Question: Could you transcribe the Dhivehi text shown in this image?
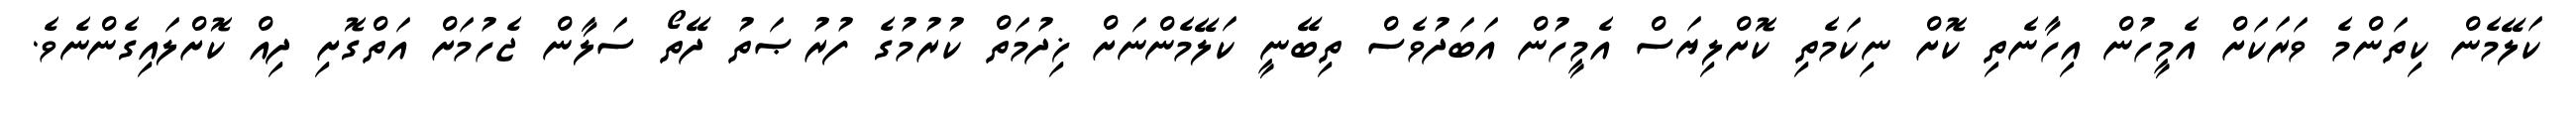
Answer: ކަލޭމެން ކިތަންމެ ވަރަކަށް އެމީހުން އިހާނެތި ކޮށް ނިކަމެތި ކޮށްލިޔަސް އެމީހުން އަބަދުވެސް ތިބޭނީ ކަލޭމެންނަށް ޚިދުމަތް ކުރުމުގެ ފުރުޞަތު ދޭތޯ ސަލާން ޖެހުމަށް އަތްގޮށި ދިއް ކޮށްލައިގެންނެވެ.